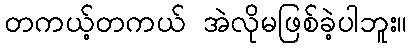
တကယ့်တကယ် အဲလိုမဖြစ်ခဲ့ပါဘူး။